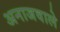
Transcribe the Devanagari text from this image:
अनाजवाले